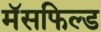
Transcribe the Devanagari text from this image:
मॅसफिल्ड